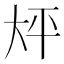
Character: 𫯡